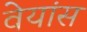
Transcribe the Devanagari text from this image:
वेयांस